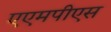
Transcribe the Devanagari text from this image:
एएमपीएस